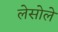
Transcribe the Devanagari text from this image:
लेसोले